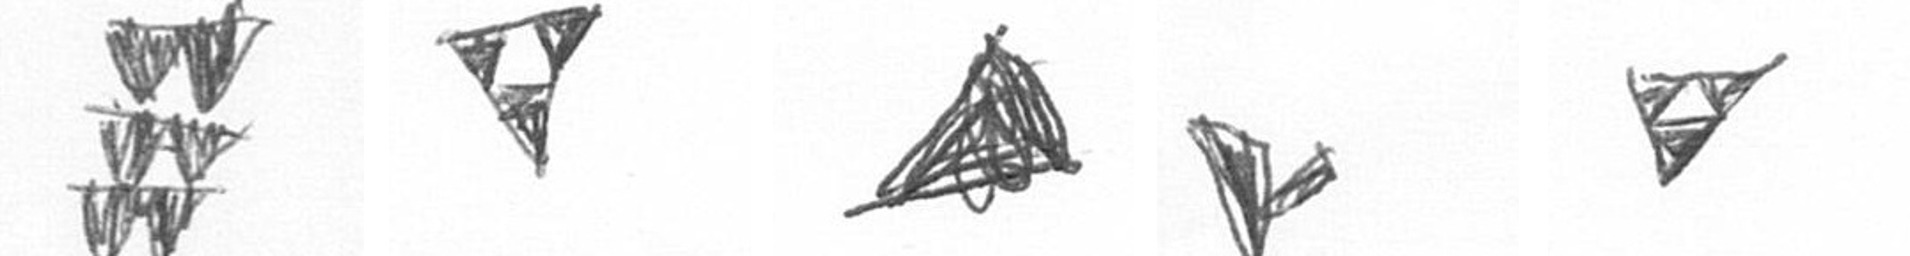
Y S O F S